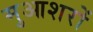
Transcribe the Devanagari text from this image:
मुआशरों